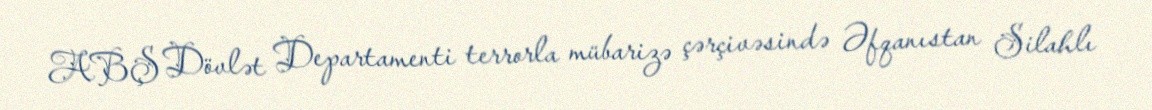
ABŞ Dövlət Departamenti terrorla mübarizə çərçivəsində Əfqanıstan Silahlı